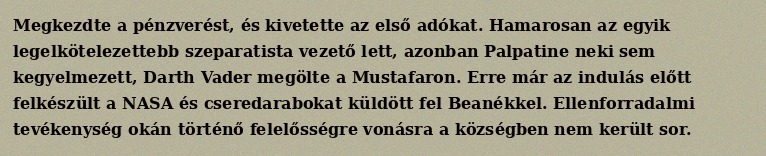
Megkezdte a pénzverést, és kivetette az első adókat. Hamarosan az egyik legelkötelezettebb szeparatista vezető lett, azonban Palpatine neki sem kegyelmezett, Darth Vader megölte a Mustafaron. Erre már az indulás előtt felkészült a NASA és cseredarabokat küldött fel Beanékkel. Ellenforradalmi tevékenység okán történő felelősségre vonásra a községben nem került sor.